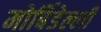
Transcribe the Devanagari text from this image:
मोर्बिडेल्ली